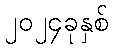
၂၀၂၄ခုနှစ်